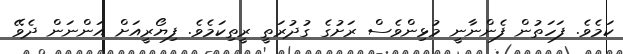
ކަމެވެ. ފަހަތުން ފެންނާނީ މުޅިންވެސް ރަށުގެ ގުދުރަތީ ރީތިކަމެވެ. ފިޔޯރީއަށް އަންނަން ދެވޭ